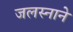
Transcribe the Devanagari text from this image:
जलस्नाने